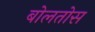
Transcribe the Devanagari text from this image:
बोलतोस